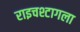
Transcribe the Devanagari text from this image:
राइचश्टागला